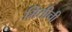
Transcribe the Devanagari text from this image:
मितीची